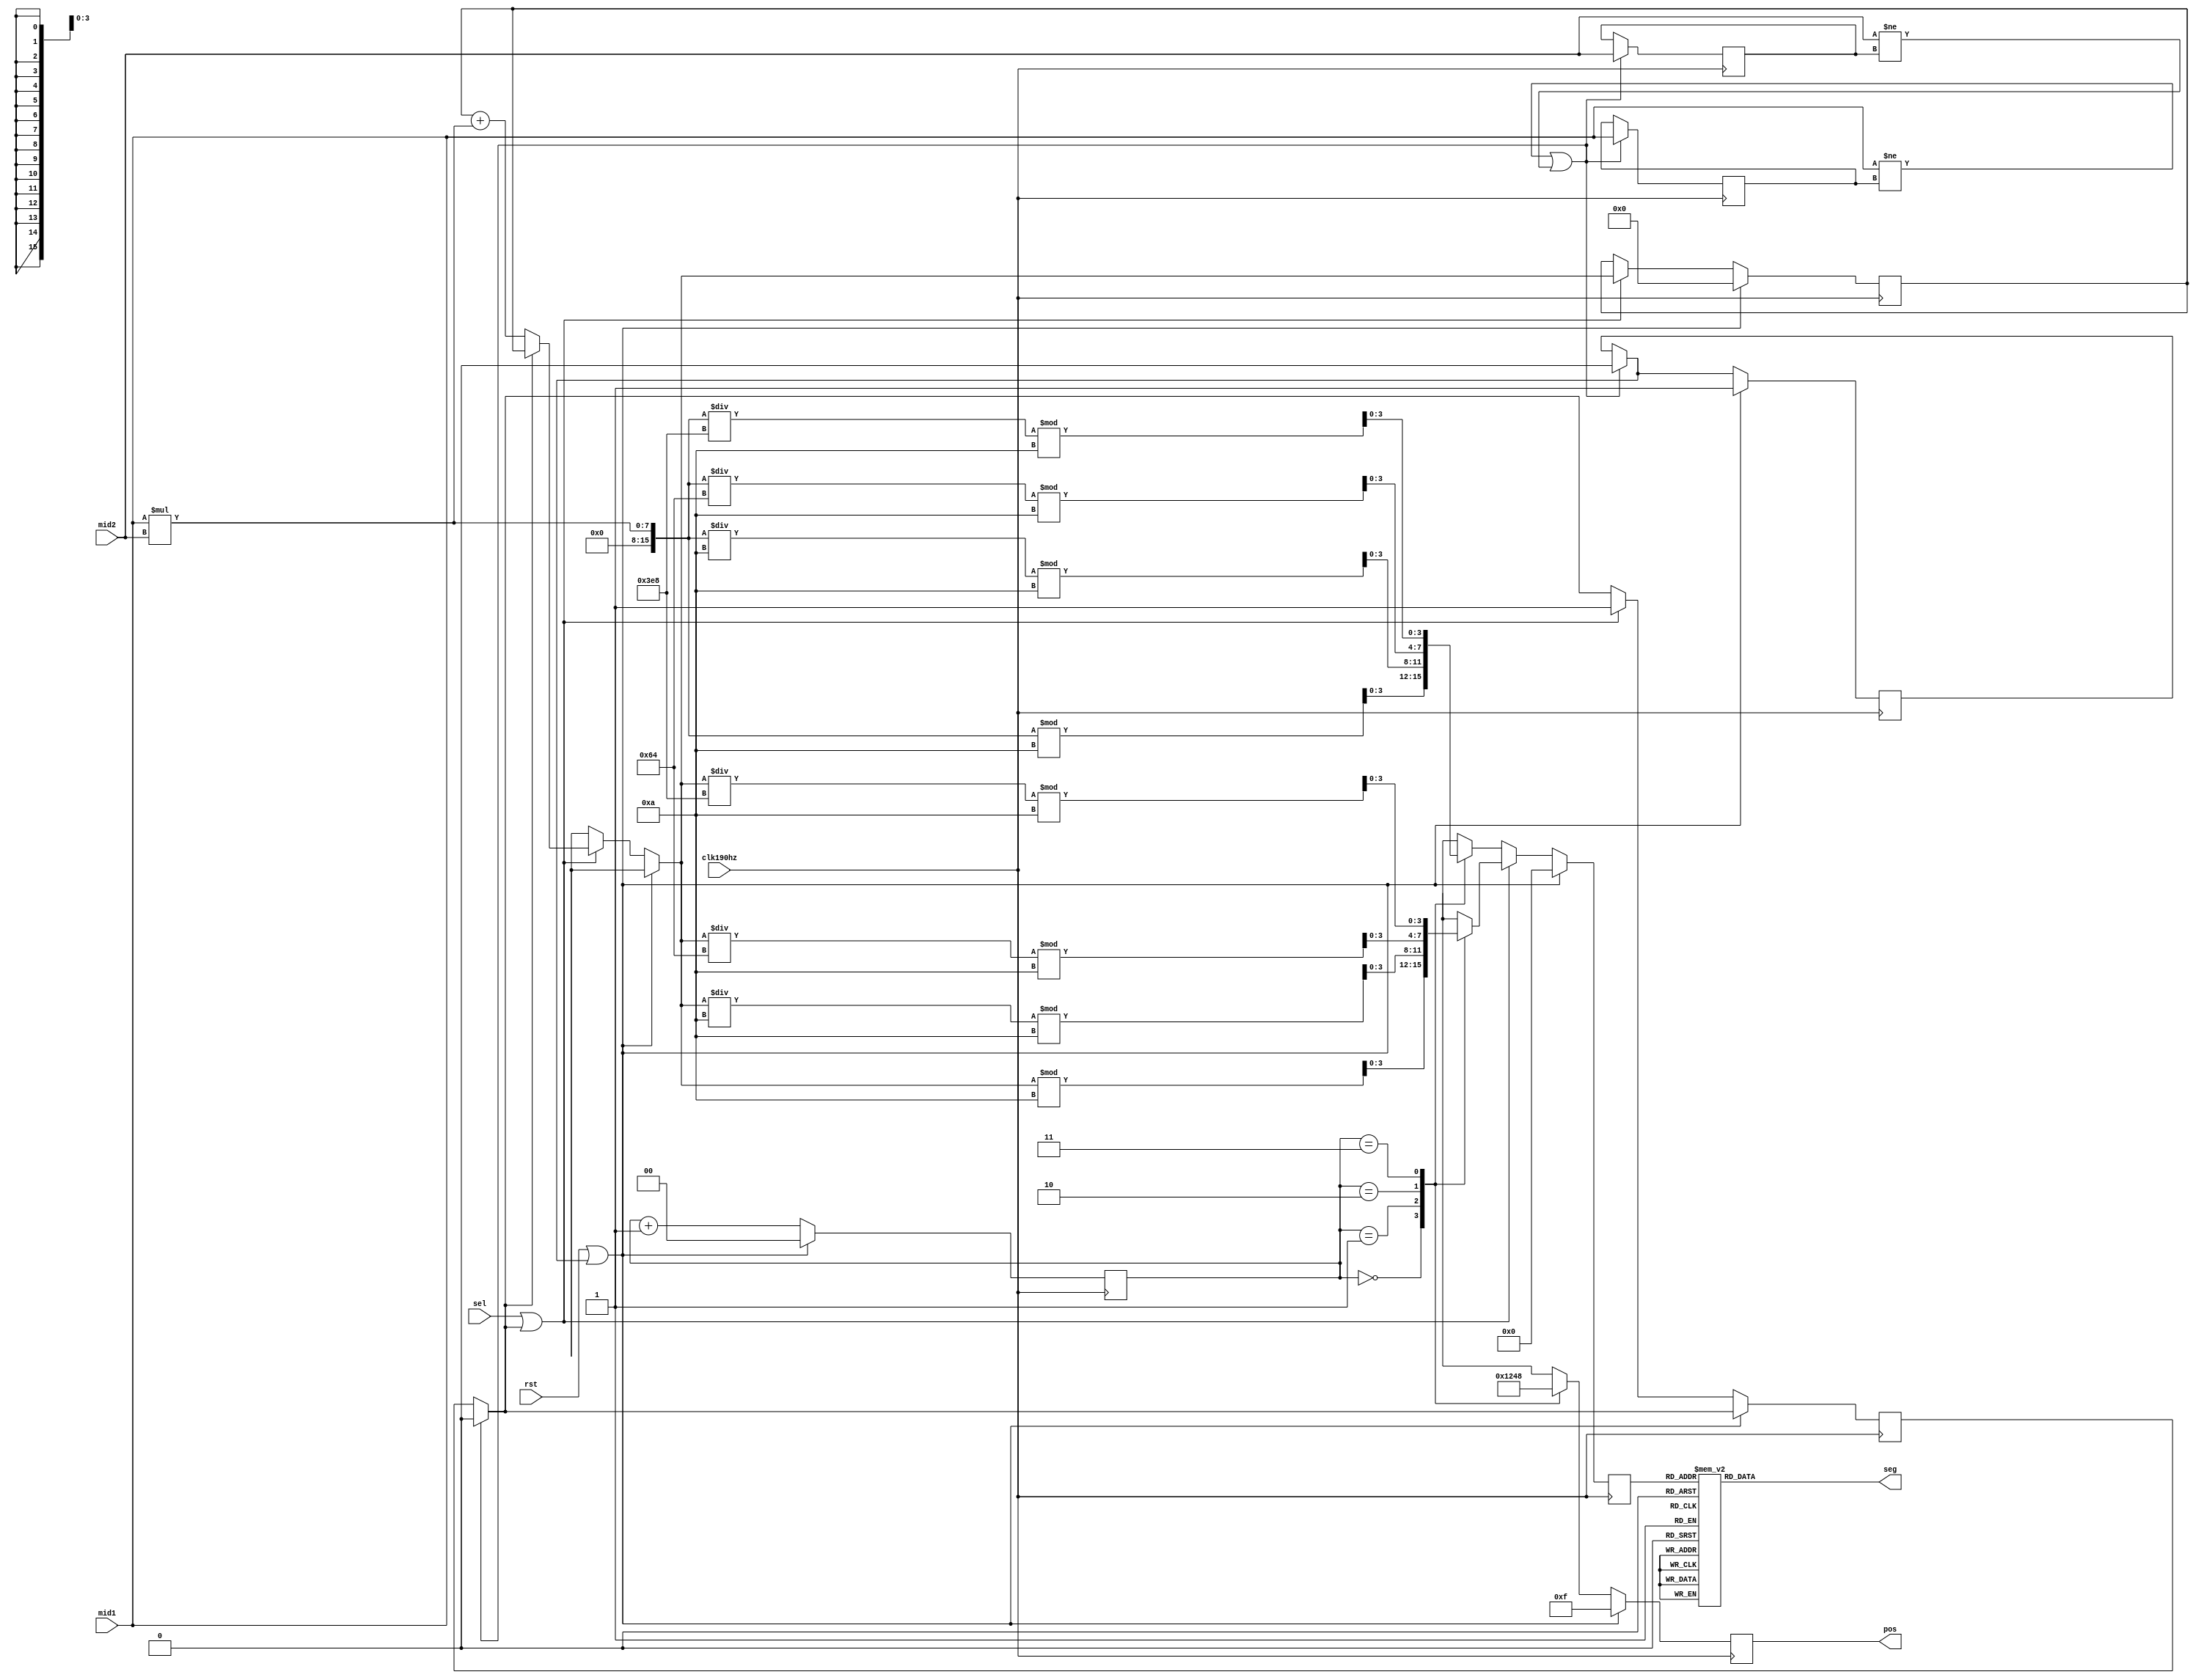
`timescale 1ns / 1ps

module segMsg1(
    input clk190hz,
    input rst,
    input sel,
    input [3:0] mid1,
    input [3:0] mid2,
    output reg [3:0] pos,
    output reg [7:0] seg
);

    wire [15:0] dataBus;
    reg [1:0] posC;
    reg [3:0] dataP;
    reg [15:0] totalNum;

    reg rst_delay = 0;
    reg sel_delay = 0;

    //* flag (isChanged)
    reg [3:0] mid1_previous, mid2_previous;

    assign dataBus = mid1 * mid2; //* calculate

    always @(posedge clk190hz) begin
        if(mid1!=mid1_previous||mid2!=mid2_previous) begin
            rst_delay = 0;
            sel_delay = 0;
            mid1_previous<=mid1;
            mid2_previous<=mid2;
        end
        if (rst||rst_delay) begin
            totalNum=0;
            pos   = 4'b1111;
            posC  = 0;
            dataP = 0;
            rst_delay=1;
        end
        else if(sel||sel_delay) begin
            if (sel_delay == 0) begin
                totalNum = totalNum + dataBus;
                sel_delay = 1;
            end
            case (posC)
                0: begin
                    pos   <= 4'b0001;
                    dataP <= totalNum%10;
                end
                1: begin
                    pos   <= 4'b0010;
                    dataP <= (totalNum/10)%10;   
                end
                2: begin
                    pos   <= 4'b0100;
                    dataP <= (totalNum/100)%10;
                end
                3: begin
                    pos   <= 4'b1000;
                    dataP <= (totalNum/1000)%10;
                end
            endcase
            posC = posC + 1;
        end
        else begin
            case (posC)
                0: begin
                    pos   <= 4'b0001;
                    dataP <= dataBus%10;
                end
                1: begin
                    pos   <= 4'b0010;
                    dataP <= (dataBus/10)%10;   
                end
                2: begin
                    pos   <= 4'b0100;
                    dataP <= (dataBus/100)%10;
                end
                3: begin
                    pos   <= 4'b1000;
                    dataP <= (dataBus/1000)%10;
                end
            endcase
            posC = posC + 1;
        end
    end
    

    // Drive display
    always @(dataP)
        case (dataP)
            0: seg = 8'b0011_1111;
            1: seg = 8'b0000_0110;
            2: seg = 8'b0101_1011;
            3: seg = 8'b0100_1111;
            4: seg = 8'b0110_0110;
            5: seg = 8'b0110_1101;
            6: seg = 8'b0111_1101;
            7: seg = 8'b0000_0111;
            8: seg = 8'b0111_1111;
            9: seg = 8'b0110_1111;
            10:seg = 8'b0100_0000;
            11:seg = 8'b0000_0000;
            default: seg = 8'b0000_1000;
        endcase
endmodule